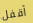
أقفل